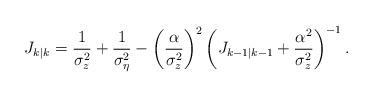
LaTeX: \begin{align*}J_{k|k}=\frac{1}{\sigma_z^2}+\frac{1}{\sigma_\eta^2}-\left(\frac{\alpha}{\sigma_z^2}\right)^2\left(J_{k-1|k-1}+\frac{\alpha^2}{\sigma_z^2}\right)^{-1}.\end{align*}